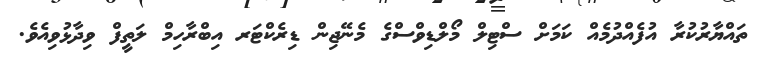
ތައްޔާރުކުރާ އުފެއްދުމެއް ކަމަށް ސްޓިލް މޯލްޑިވްސްގެ މެނޭޖިން ޑިރެކްޓަރ އިބްރާހިމް ލަތީފް ވިދާޅުވިއެވެ.